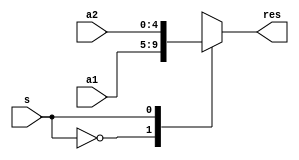
module Mux_2_1_5 (a1, a2, s, res);  

    parameter N = 5;

    input [N-1 : 0] a1, a2;
    input s;
    output [N-1 : 0] res;

    reg [N-1 : 0] A;
    always @(*)
    begin
        case (s)
            1'b0 : A <= a1;
            1'b1 : A <= a2;
        endcase
    end
    
    assign res = A;

endmodule

module Mux_2_1_4 (a1, a2, s, res);  

    parameter N = 4;

    input [N-1 : 0] a1, a2;
    input s;
    output [N-1 : 0] res;

    reg [N-1 : 0] A;
    always @(*)
    begin
        case (s)
            1'b0 : A <= a1;
            1'b1 : A <= a2;
        endcase
    end
    
    assign res = A;

endmodule

module Mux_2_1_1 (a1, a2, s, res);  

    input a1, a2;
    input s;
    output res;

    reg A;
    always @(*)
    begin
        case (s)
            1'b0 : A <= a1;
            1'b1 : A <= a2;
        endcase
    end
    
    assign res = A;

endmodule

module Mux_3_1_5 (a1, a2, a3, s, res);  

    parameter N = 5;

    input [N-1 : 0] a1, a2, a3;
    input [1:0] s;
    output [N-1 : 0] res;

    reg [N-1 : 0] A;
    always @(*)
    begin
        case (s)
            2'b00 : A <= a1;
            2'b01 : A <= a2;
            2'b10 : A <= a3;
        endcase
    end
    
    assign res = A;

endmodule

module Mux_4_1_5 (a1, a2, a3, a4, s, res);  

    parameter N = 5;

    input [N-1 : 0] a1, a2, a3, a4;
    input [1:0] s;
    output [N-1 : 0] res;

    reg [N-1 : 0] A;
    always @(*)
    begin
        case (s)
            2'b00 : A <= a1;
            2'b01 : A <= a2;
            2'b10 : A <= a3;
            2'b11 : A <= a4;
        endcase
    end
    
    assign res = A;

endmodule

module Mux_2_1_32 (a1, a2, s, res);  

    parameter N = 32;

    input [N-1 : 0] a1, a2;
    input s;
    output [N-1 : 0] res;

    reg [N-1 : 0] A;
    always @(*)
    begin
        case (s)
            1'b0 : A <= a1;
            1'b1 : A <= a2;
        endcase
    end
    
    assign res = A;

endmodule

module Mux_2_1_64 (a1, a2, s, res);  

    parameter N = 64;

    input [N-1 : 0] a1, a2;
    input s;
    output [N-1 : 0] res;

    reg [N-1 : 0] A;
    always @(*)
    begin
        case (s)
            1'b0 : A <= a1;
            1'b1 : A <= a2;
        endcase
    end
    
    assign res = A;

endmodule